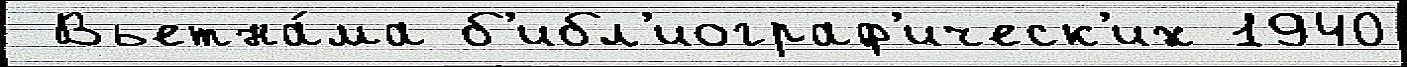
 Вьетна́ма б'ибл'иограф'ическ'их 1940